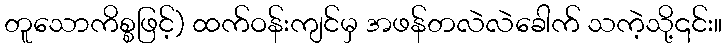
တူသောကိစ္စဖြင့်) ထက်ဝန်းကျင်မှ အဖန်တလဲလဲခေါက် သကဲ့သို့၎င်း။